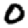
Digit: 0